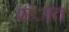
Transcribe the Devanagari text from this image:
संात